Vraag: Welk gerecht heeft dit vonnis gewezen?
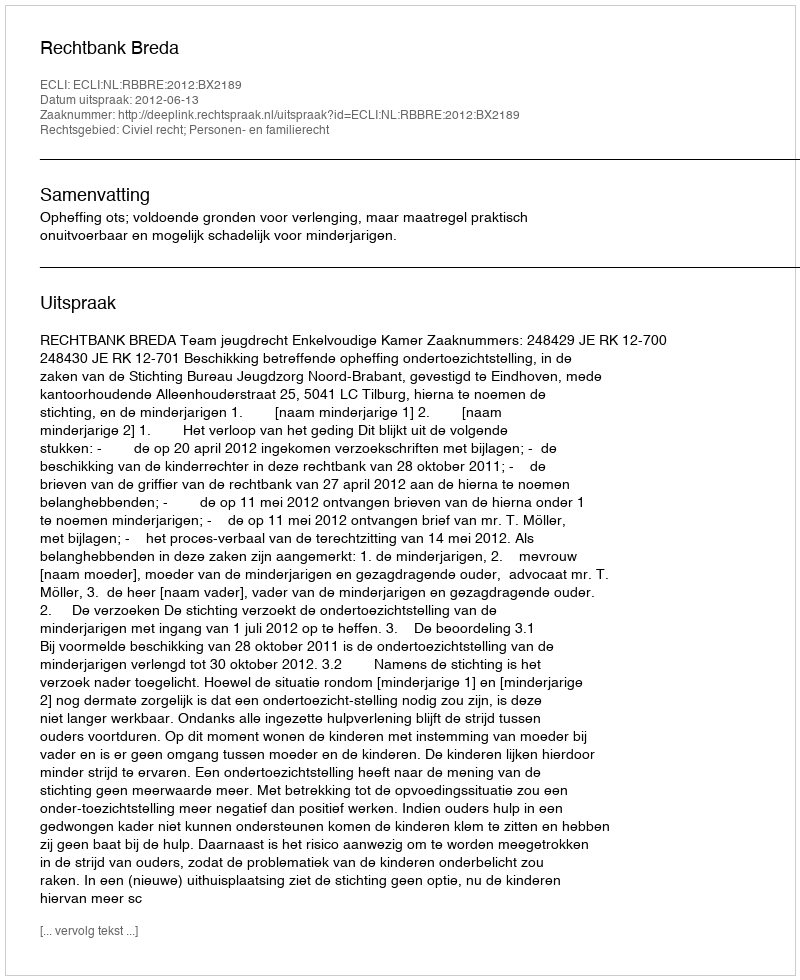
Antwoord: Rechtbank Breda